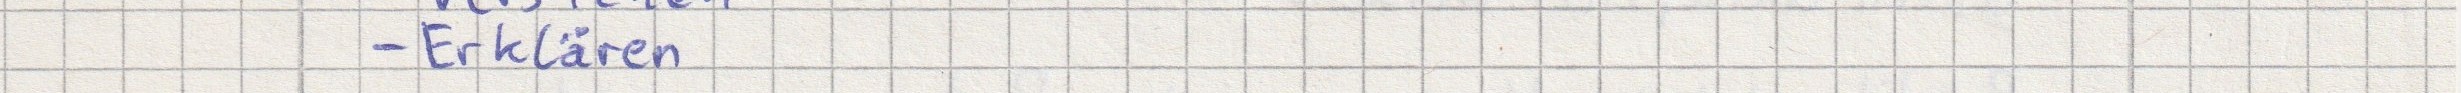
- Erklären